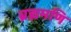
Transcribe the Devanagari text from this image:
ब्रह्ममणि